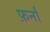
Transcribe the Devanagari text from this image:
फ़र्नां